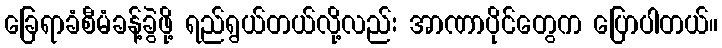
ခြေရာခံစီမံခန့်ခွဲဖို့ ရည်ရွယ်တယ်လို့လည်း အာဏာပိုင်တွေက ပြောပါတယ်။